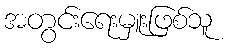
အတွင်းရေးမှူးဖြစ်သူ